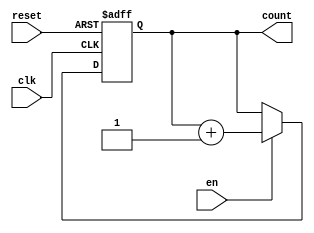
//--------------------------------------------------------------------------------------------
//
// Generated by X-HDL VHDL Translator - Version 2.0.0 Feb. 1, 2011
// ?? ?? 29 2018 17:04:47
//
//      Input file      : 
//      Component name  : counter
//      Author          : 
//      Company         : 
//
//      Description     : 
//
//
//--------------------------------------------------------------------------------------------


module counter(clk, reset, en, count);
   parameter                COUNT_WIDTH = 4;
   input                    clk;
   input                    reset;
   input                    en;
   output [COUNT_WIDTH-1:0] count;
  
   
       reg [COUNT_WIDTH-1:0]                num;
   
   always @(posedge clk or posedge	reset)
   begin
      if (reset == 1'b1)
         num <= 4'd0;
      else if (en == 1'b1)
         num <= num + 1'd1;
   end
   assign count = num	;
endmodule